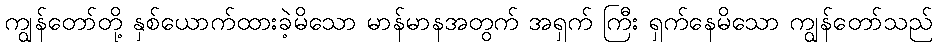
ကျွန်တော်တို့ နှစ်ယောက်ထားခဲ့မိသော မာန်မာနအတွက် အရှက် ကြီး ရှက်နေမိသော ကျွန်တော်သည်